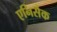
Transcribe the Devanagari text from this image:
एनिसैक